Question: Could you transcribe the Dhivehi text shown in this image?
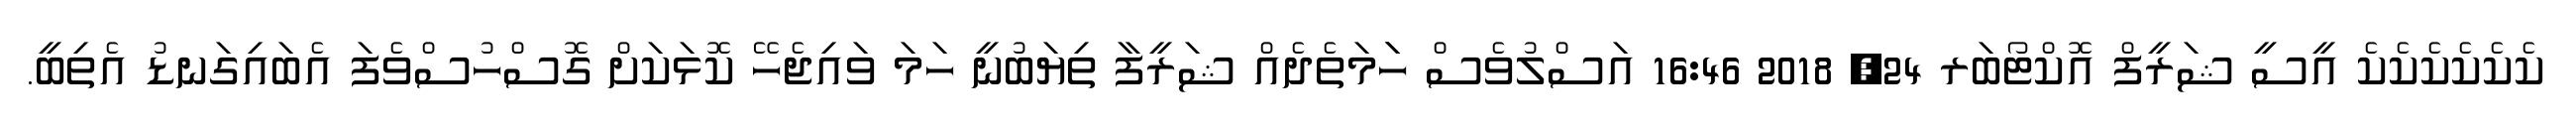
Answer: ކެކެކެކެކެކެ އީސީ ޝަރީފް އޮކްޓޯބަރ 24, 2018 16:46 އަސްލުވެސް ހަަމަތެދެއް ޝަރީފާ ތިޔަބުނީ ހަމަ ވައިޖެހޭ ކޮޅަކަށް ގޮސްހުސްވެފަ އެބައިގަނޑު އެތިބީ.